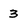
Character: 3